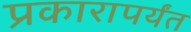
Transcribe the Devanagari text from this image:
प्रकारापर्यंत